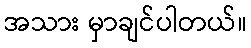
အသား မှာချင်ပါတယ်။